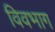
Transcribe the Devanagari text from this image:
विवभाग